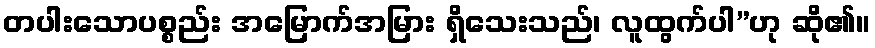
တပါးသောပစ္စည်း အမြောက်အမြား ရှိသေးသည်၊ လူထွက်ပါ”ဟု ဆို၏။